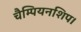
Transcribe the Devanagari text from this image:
चैम्पियनशिप।